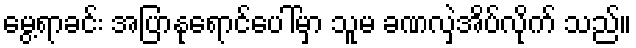
မွေ့ရာခင်း အပြာနုရောင်ပေါ်မှာ သူမ ခဏလှဲအိပ်လိုက် သည်။